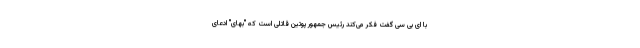
با ای بی سی گفت فکر می‌کند رئیس جمهور پوتین قاتلی است که "بهای" ادعای